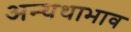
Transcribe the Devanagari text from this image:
अन्यथाभाव